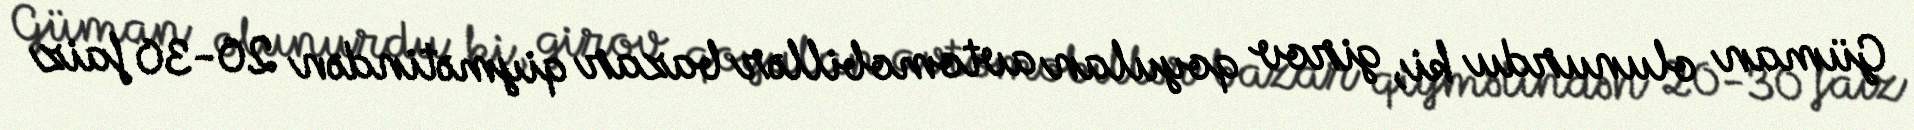
Güman olunurdu ki, girov qoyulan avtomobillər bazar qiymətindən 20-30 faiz